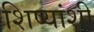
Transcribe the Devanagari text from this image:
शिष्यांशी